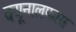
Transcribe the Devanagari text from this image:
क्यूनालफास